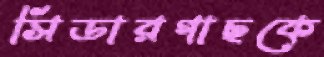
সিডারগাছকে